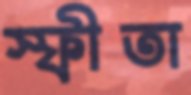
স্ফীতা